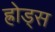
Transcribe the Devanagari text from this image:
ह्रोड्स